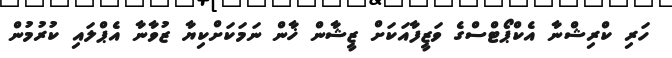
ހަރި ކްރިޝްނާ އެކްޕޯޓްސްގެ ވަޒީފާއަކަށް ޒީޝާން ޚާން ނަމަކަށްކިޔާ ޒުވާނާ އެޕްލައި ކުރުމުން